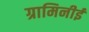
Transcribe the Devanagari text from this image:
ग्रामिनीई